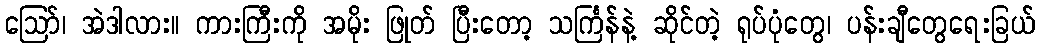
ဪ၊ အဲဒါလား။ ကားကြီးကို အမိုး ဖြုတ် ပြီးတော့ သင်္ကြန်နဲ့ ဆိုင်တဲ့ ရုပ်ပုံတွေ၊ ပန်းချီတွေရေးခြယ်